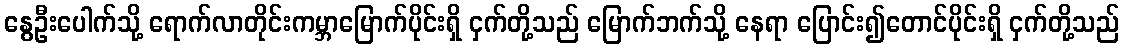
နွေဦးပေါက်သို့ ရောက်လာတိုင်းကမ္ဘာမြောက်ပိုင်းရှိ ငှက်တို့သည် မြောက်ဘက်သို့ နေရာ ပြောင်း၍တောင်ပိုင်းရှိ ငှက်တို့သည်